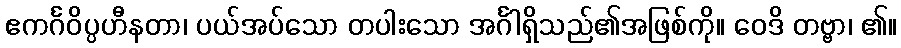
ဧကင်္ဂဝိပ္ပဟီနတာ၊ ပယ်အပ်သော တပါးသော အင်္ဂါရှိသည်၏အဖြစ်ကို။ ဝေဒိ တဗ္ဗာ၊ ၏။